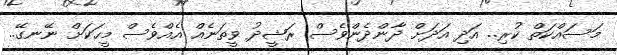
މަސައްކަތް ކުރި.. އަދި އަދަށް ދާންދެންވެސް ރަޝީދު ވީތަނެއް އެއްވެސް މީހަކަށް ނޭނގޭ..